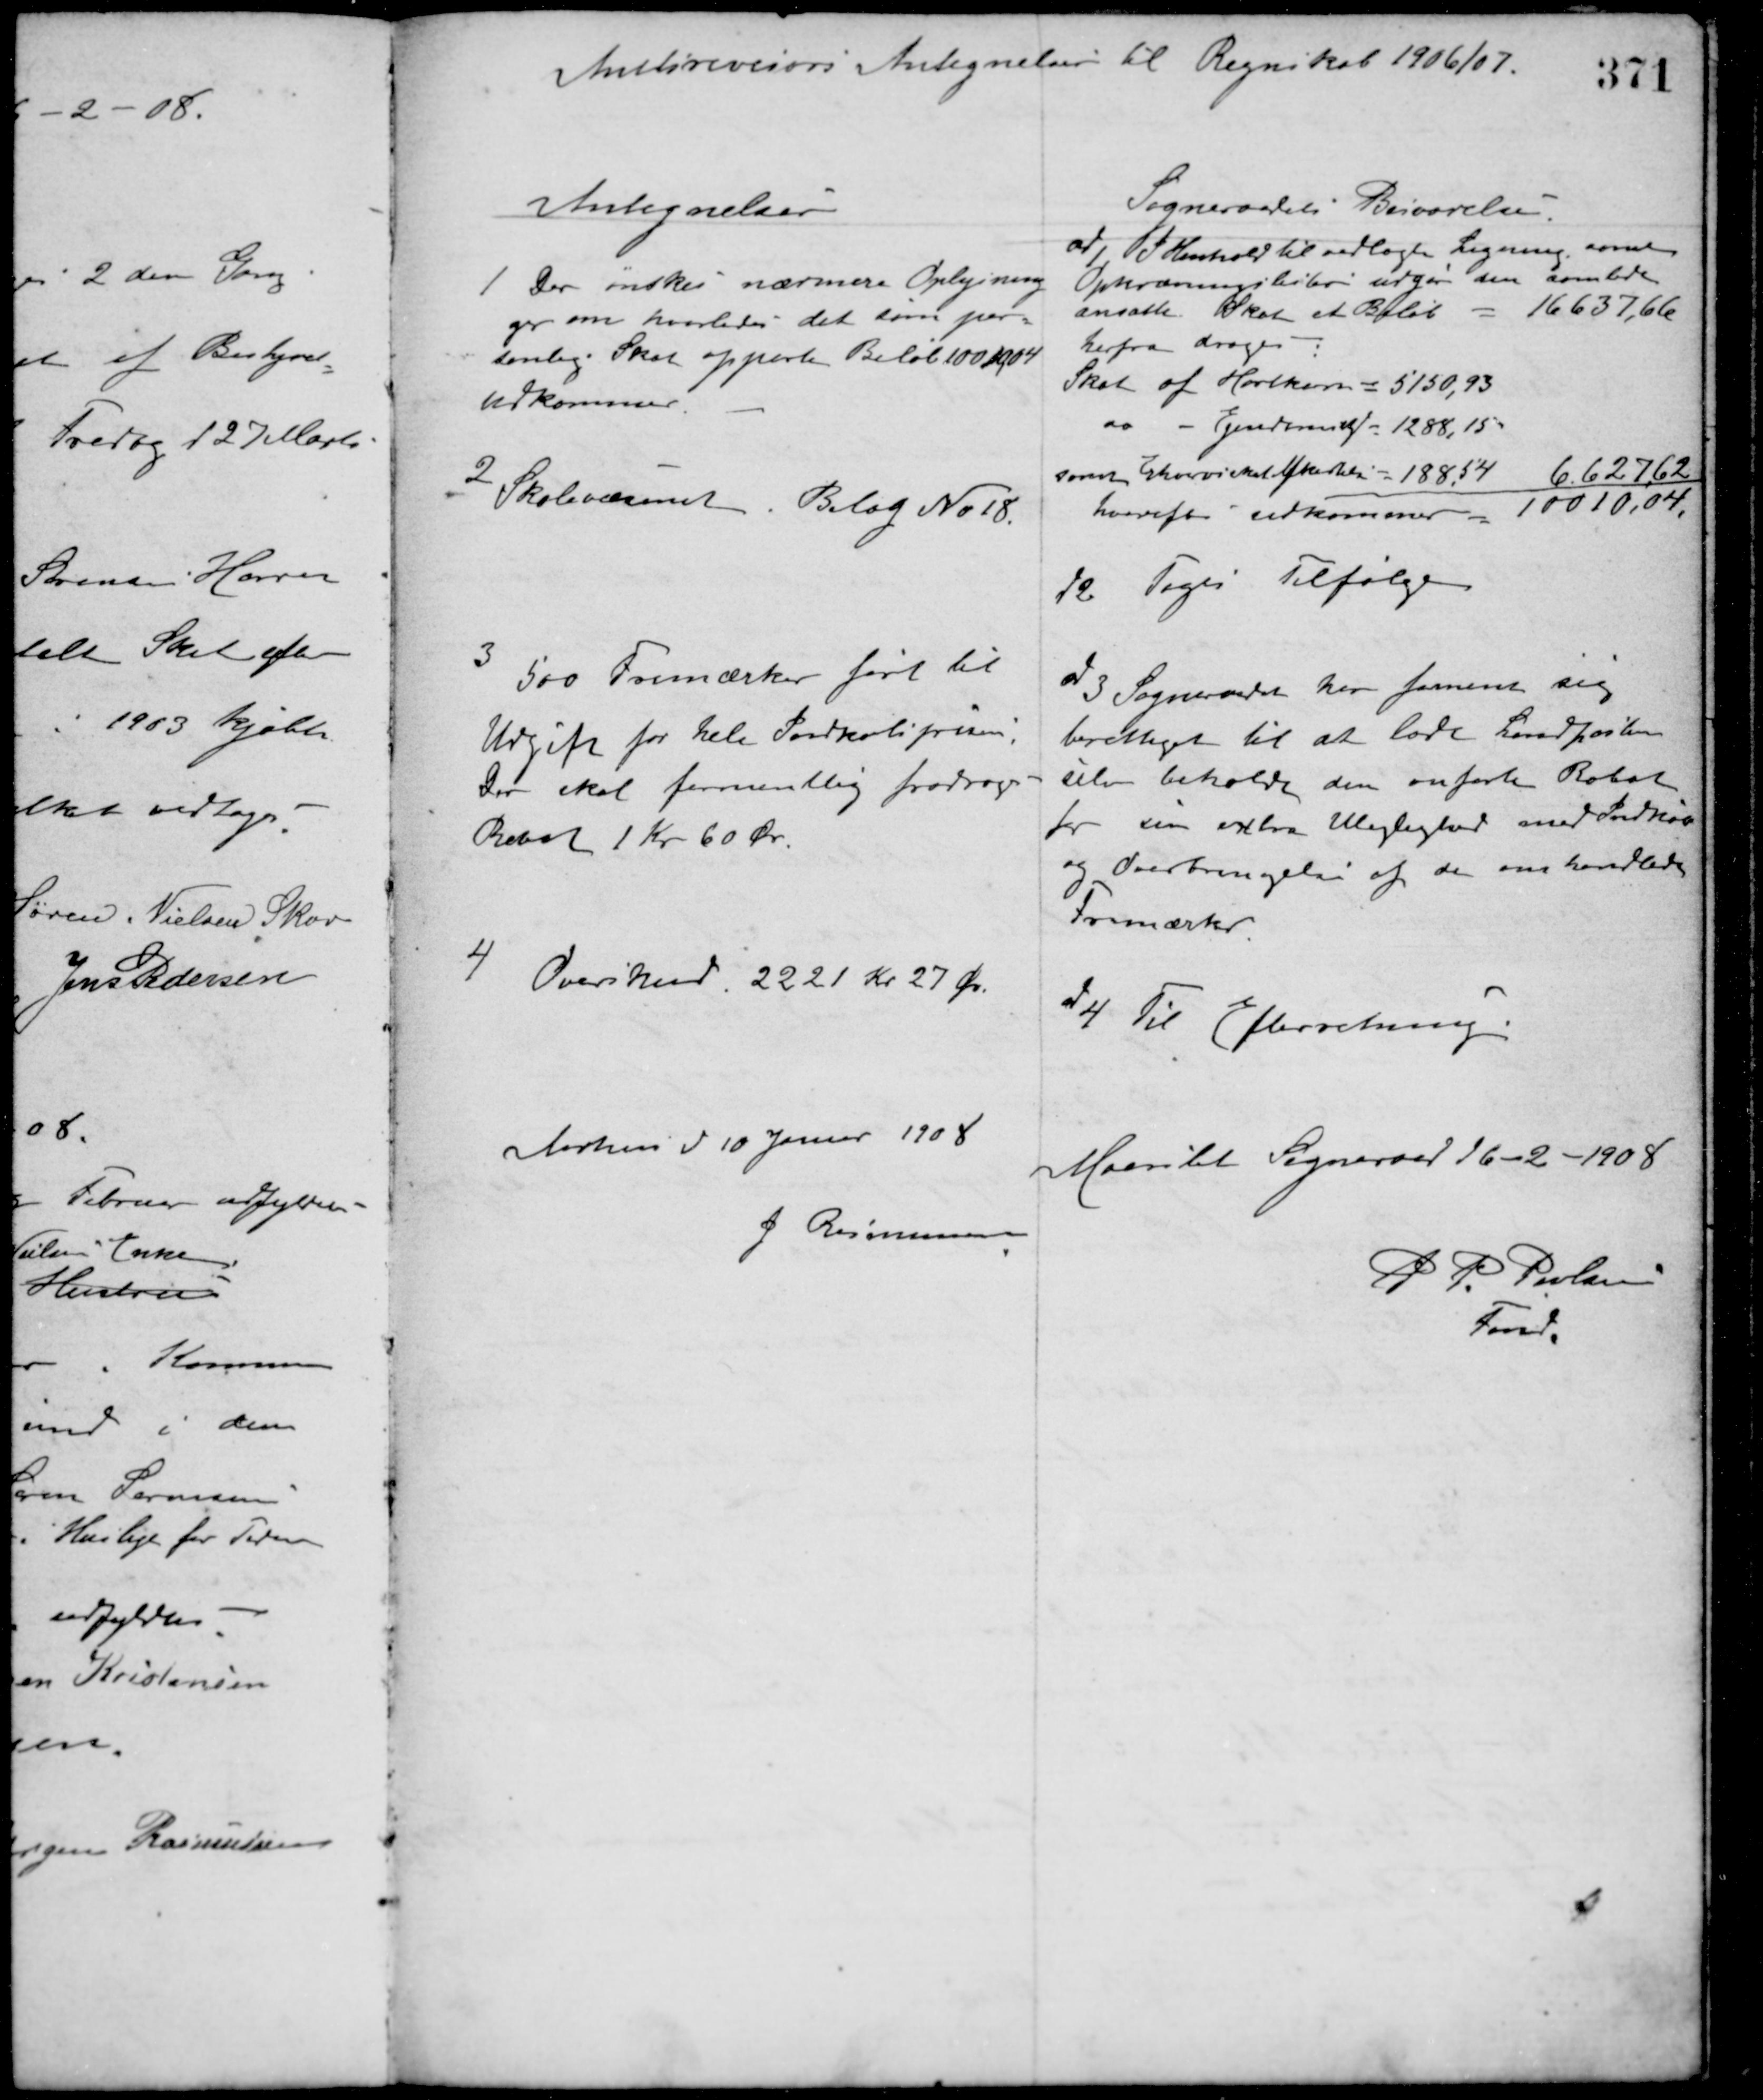
Transskription:
Amtsrevisors Antegnelser til Regnskabet 1906/07.